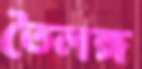
তৈলঙ্গ